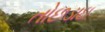
તોછડાઇ